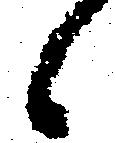
候